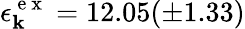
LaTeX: \epsilon_{\mathbf{k}}^{\mathrm{{~e~x~}}}=12.05(\pm1.33)